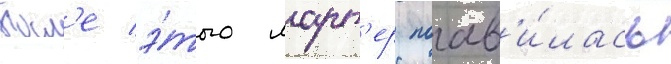
Посл'е э́того ларт'ер поав'и́лась